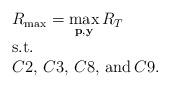
LaTeX: \begin{align*}\begin{array}{l}R_{\max}=\mathop {\max }\limits_{{\bf p},{\bf y}} {R_T}\\{\rm{s}}{\rm{.t}}{\rm{.}}\\C2,\,C3,\,C8,\,{\rm and}\,C9.\end{array}\end{align*}